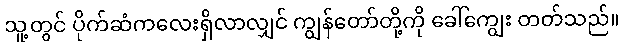
သူ့တွင် ပိုက်ဆံကလေးရှိလာလျှင် ကျွန်တော်တို့ကို ခေါ်ကျွေး တတ်သည်။